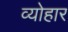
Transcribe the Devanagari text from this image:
व्योहार